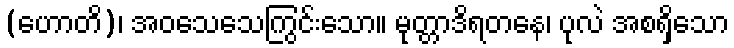
(ဟောတိ)၊ အဝသေသေကြွင်းသော။ မုတ္တာဒိရတနေ၊ ပုလဲ အစရှိသော